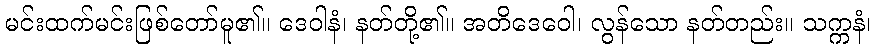
မင်းထက်မင်းဖြစ်တော်မူ၏။ ဒေဝါနံ၊ နတ်တို့၏။ အတိဒေဝေါ၊ လွန်သော နတ်တည်း။ သက္ကနံ၊